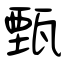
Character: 甄